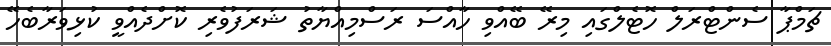
ޗަމްޕާ ސެންޓްރަލް ހޮޓެލްގައި މިރޭ ބޭއްވި ހާއްސަ ރަސްމިއްޔާތު ޝަރަފުވެރި ކޮށްދެއްވީ ކުޅިވަރާބެހޭ